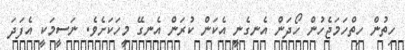
ހިތުން ހިތްހަމަޖެހުން ހޯދަން އެނގެނީ އެކަން ކުރަން އެނގޭ މީހަކަށެވެ. ނަސީމަކީ އެފަދަ